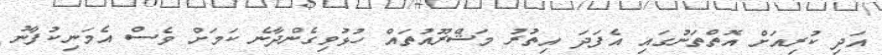
އަދި ކުރިއަށް އޮތްތަނުގައި އެފަދަ އިތުރު މަޝްރޫއުތައް ހުޅުވިގެންދާނެ ކަމަށް ވެސް އެމަނިކުފާނު